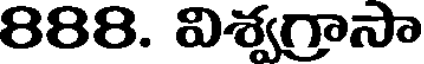
888. విశ్వగ్రాసా